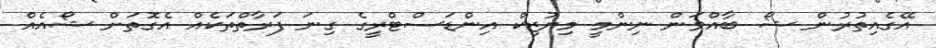
އޭގެއިތުރުން ޝޯ ބާއްވަން ނިންމީ މިޔުޒިކް އިންޑަސްޓްރީގެ ގިނަ ފަރާތްތަކެއް އެގޮތަށް ޝޯއެއް